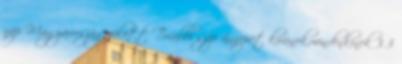
nap Magyarország fölött További szép ünnepet kívánok,mindenkinek 3 3